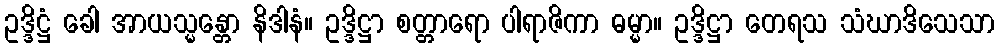
ဥဒ္ဒိဋ္ဌံ ခေါ အာယသ္မန္တော နိဒါနံ။ ဥဒ္ဒိဋ္ဌာ စတ္တာရော ပါရာဇိကာ ဓမ္မာ။ ဥဒ္ဒိဋ္ဌာ တေရသ သံဃာဒိသေသာ